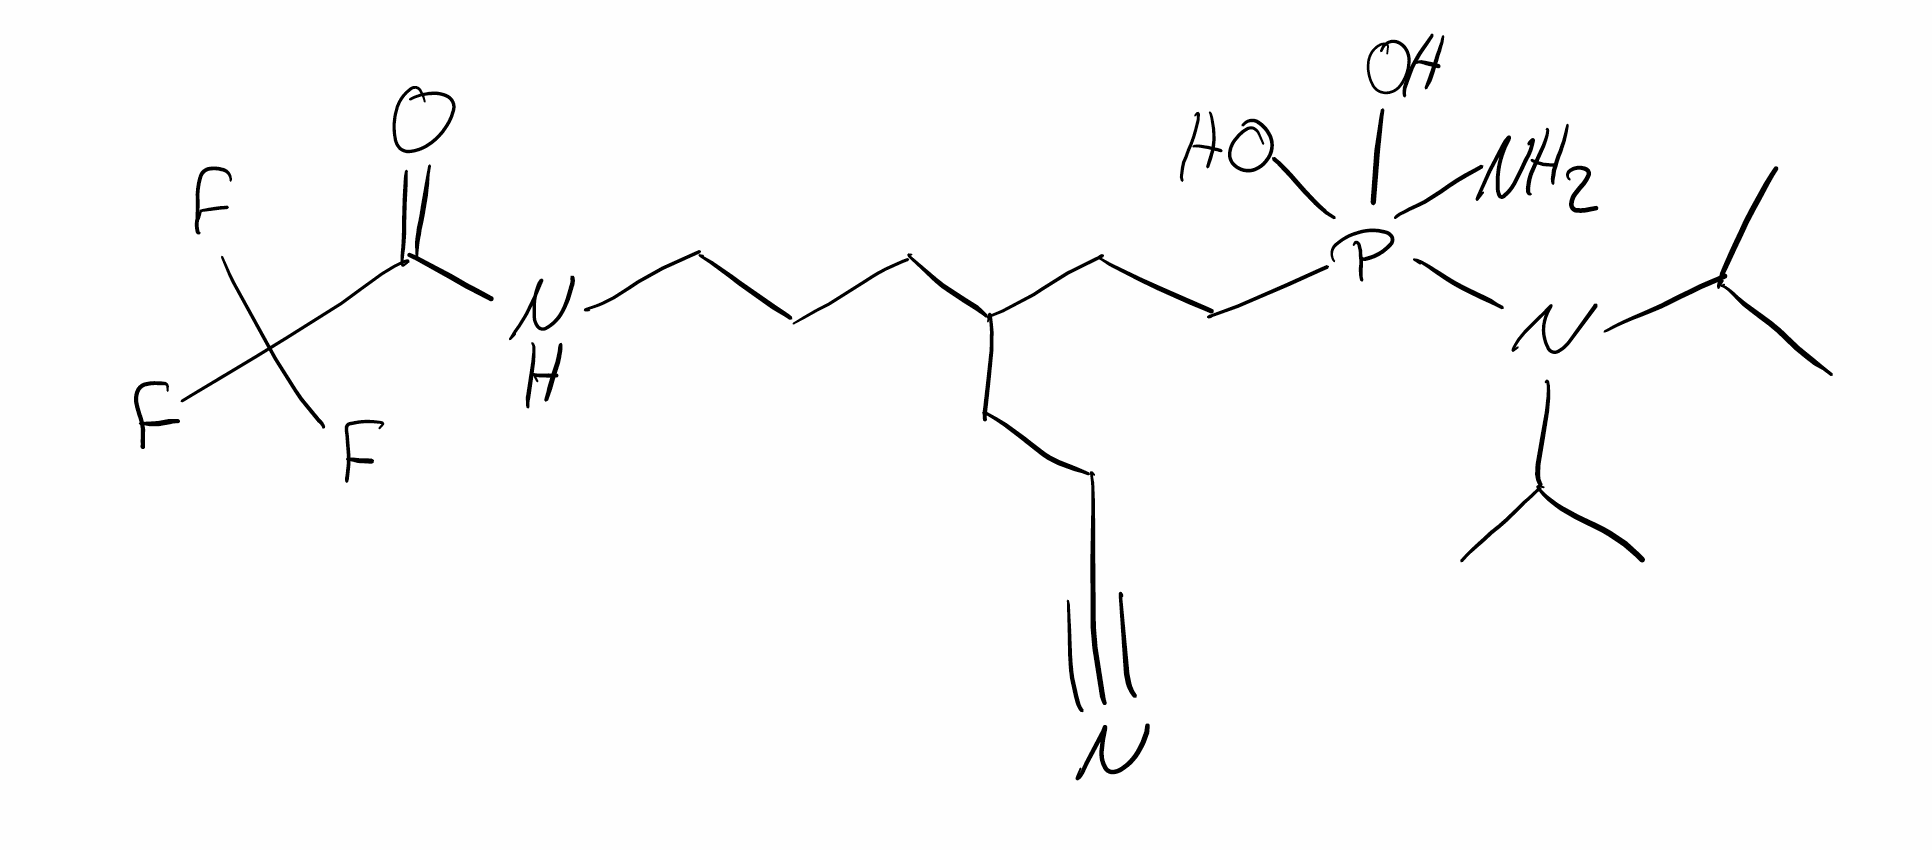
Simplified molecular-input line-entry system (SMILES) notation of the given molecule:
CC(C)N(C(C)C)P(CCC(CCCNC(=O)C(F)(F)F)CCC#N)(N)(O)O